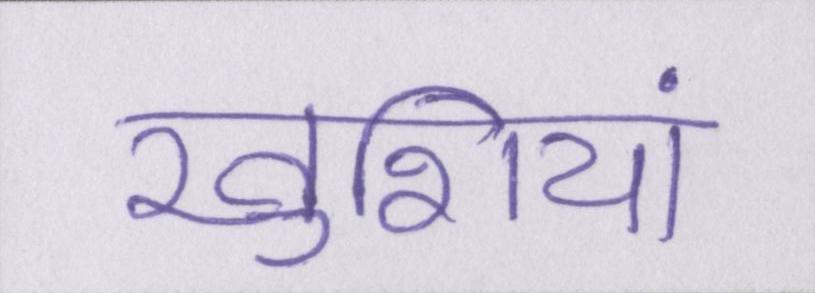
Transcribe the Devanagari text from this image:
खुशियां